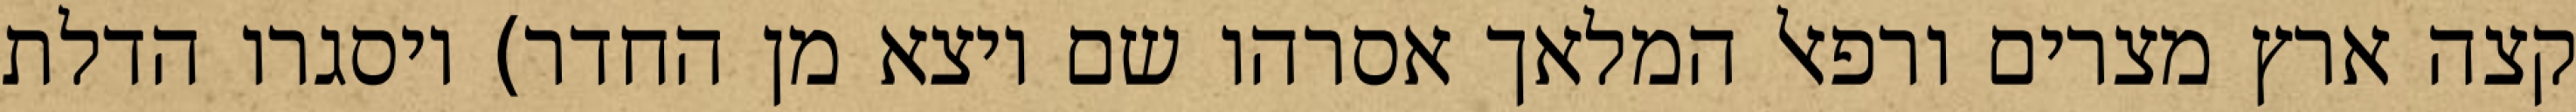
קצה ארץ מצרים ורפאל המלאך אסרהו שם ויצא מן החדר) ויסגרו הדלת